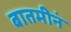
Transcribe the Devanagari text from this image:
बातमीनं